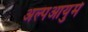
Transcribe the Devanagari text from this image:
अल्पआयुमे